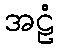
အဠံ